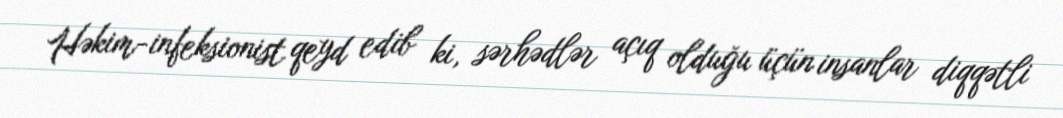
Həkim-infeksionist qeyd edib ki, sərhədlər açıq olduğu üçün insanlar diqqətli